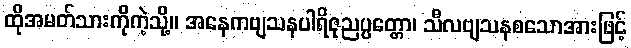
ထိုအမတ်သားကိုကဲ့သို့။ အနေကဗျသနပါရိဇုညပ္ပတ္တော၊ သီလဗျသနစသောအားဖြင့်